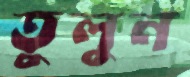
তুলুন